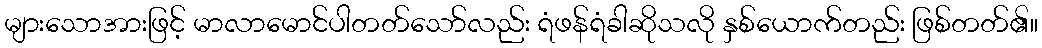
များသောအားဖြင့် မာလာမောင်ပါတတ်သော်လည်း ရံဖန်ရံခါဆိုသလို နှစ်ယောက်တည်း ဖြစ်တတ်၏။